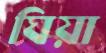
ঘিয়া